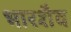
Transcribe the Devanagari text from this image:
भारशैव